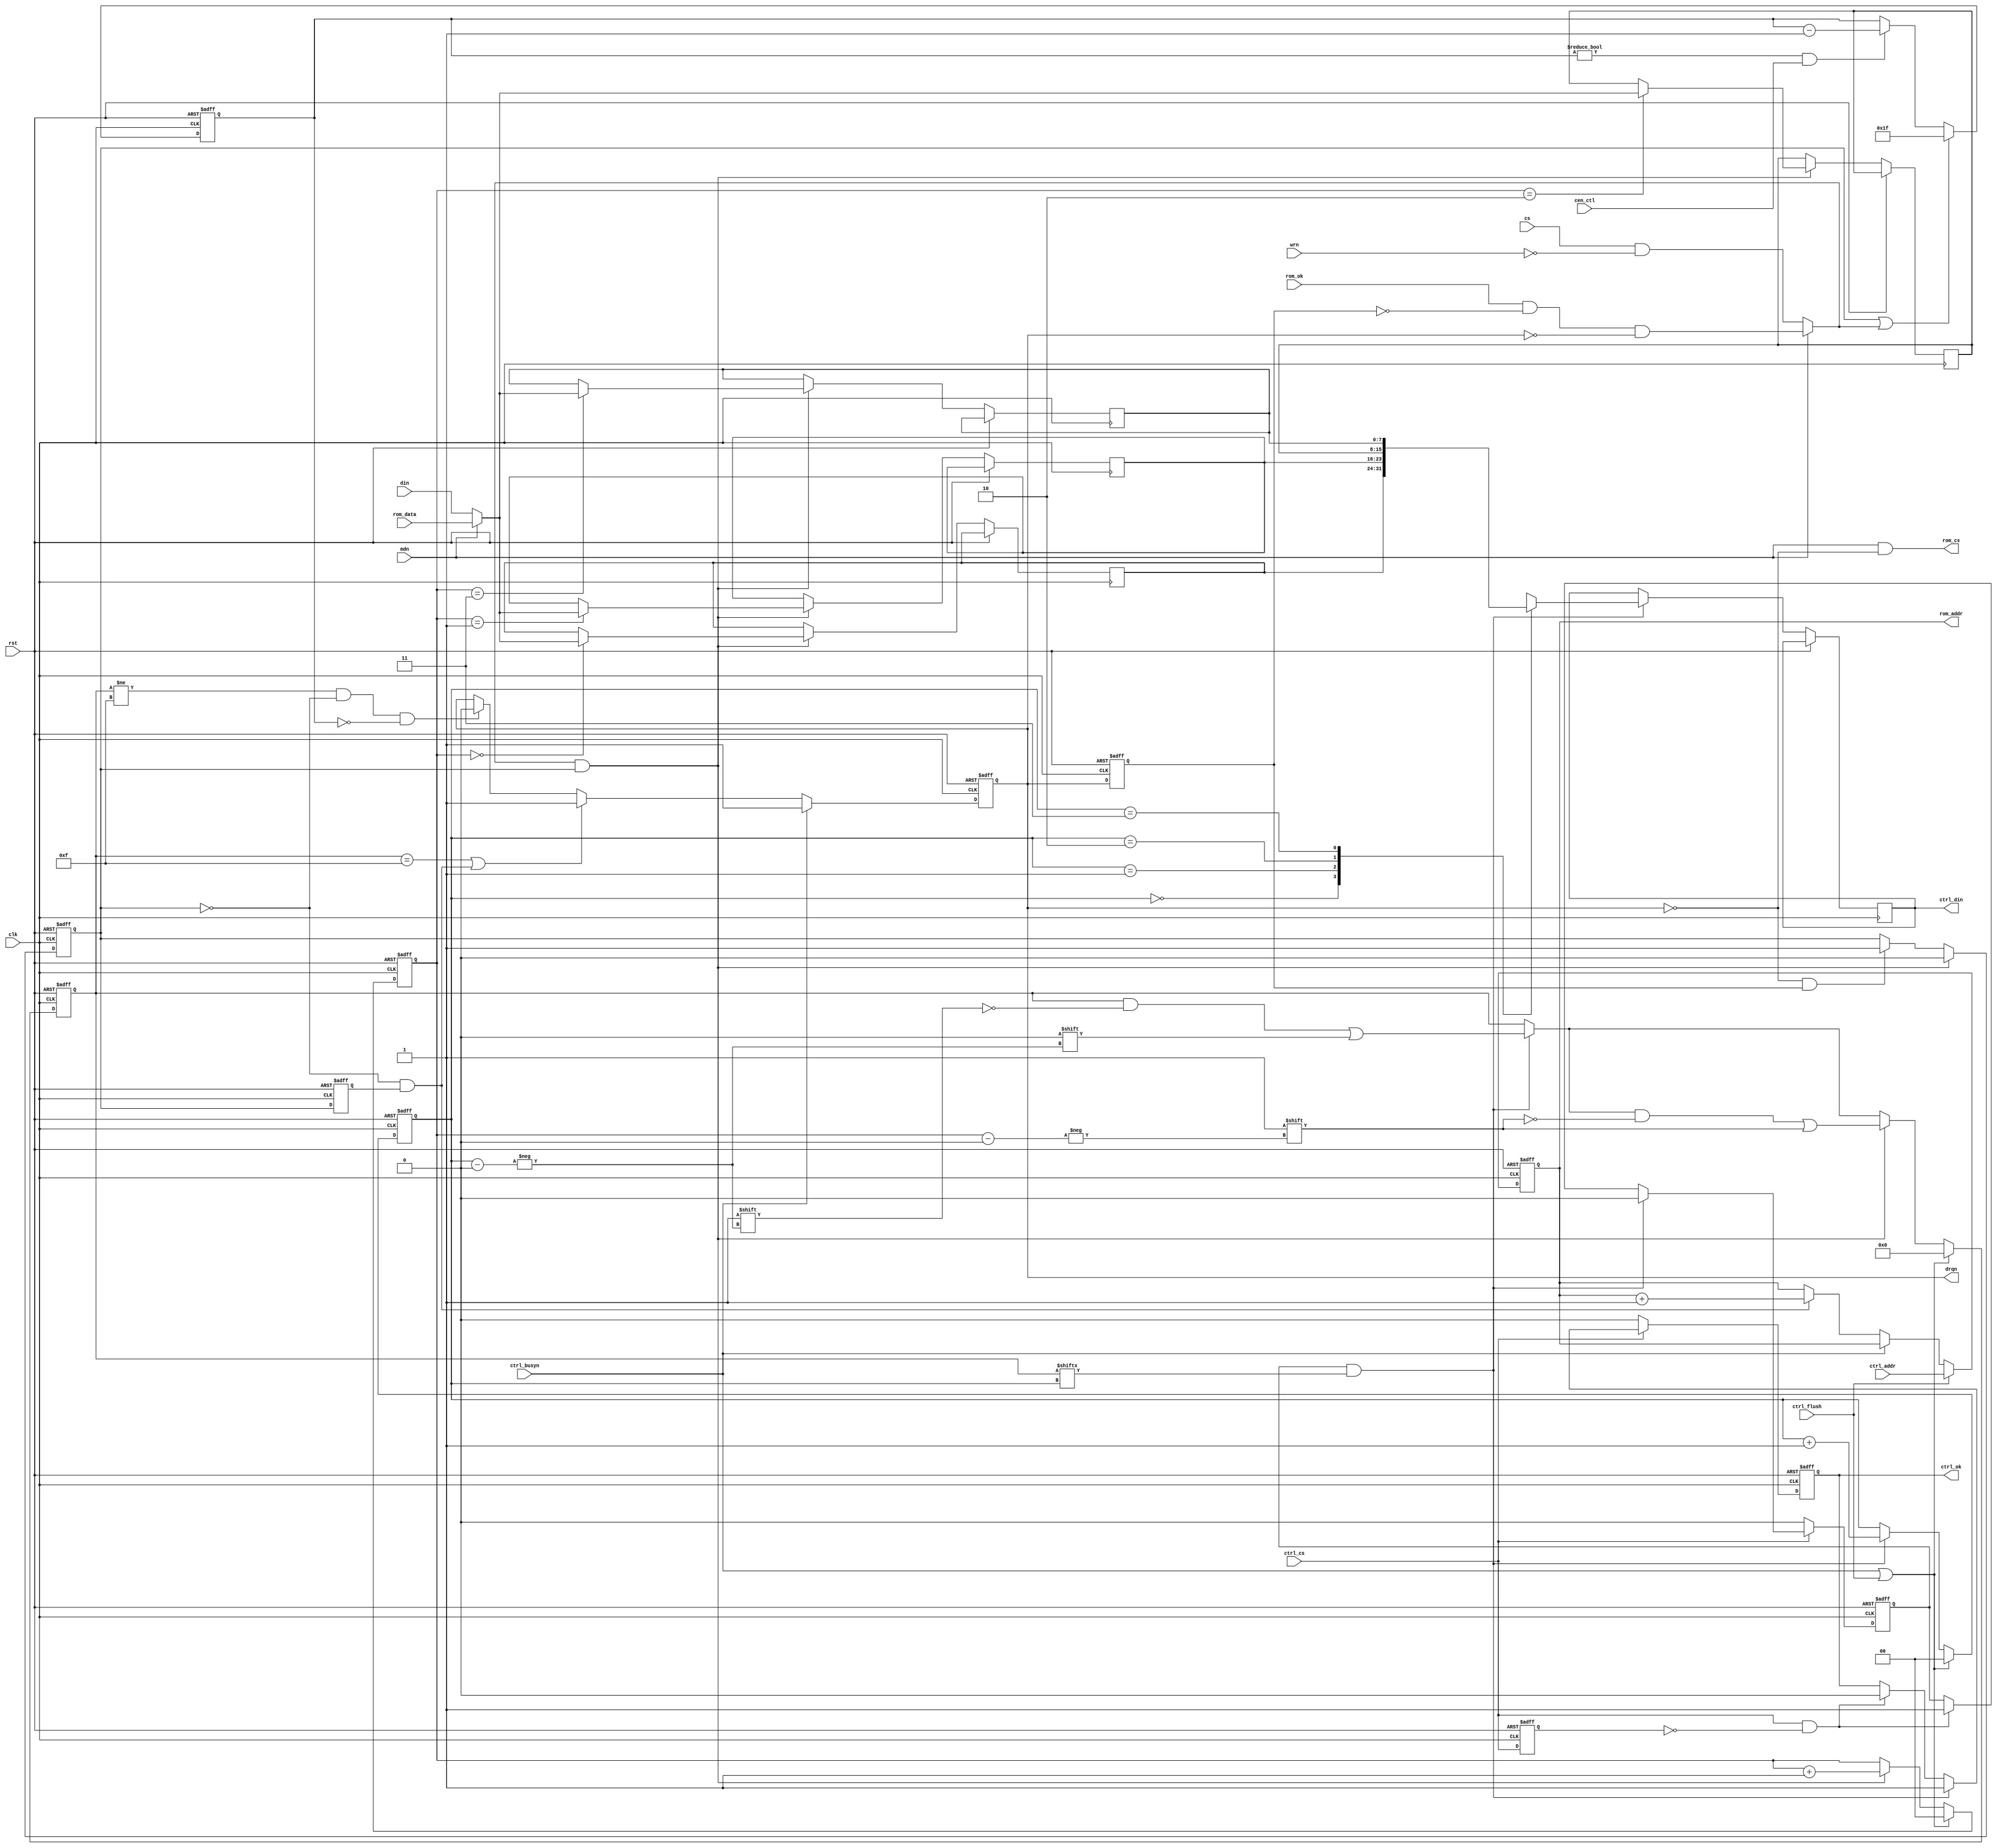
/*  This file is part of JT7759.
    JT7759 program is free software: you can redistribute it and/or modify
    it under the terms of the GNU General Public Licen_ctlse as published by
    the Free Software Foundation, either version 3 of the Licen_ctlse, or
    (at your option) any later version.

    JT7759 program is distributed in the hope that it will be useful,
    but WITHOUT ANY WARRANTY; without even the implied warranty of
    MERCHANTABILITY or FITNESS FOR A PARTICULAR PURPOSE.  See the
    GNU General Public Licen_ctlse for more details.

    You should have received a copy of the GNU General Public Licen_ctlse
    along with JT7759.  If not, see <http://www.gnu.org/licen_ctlses/>.

    Author: Jose Tejada Gomez. Twitter: @topapate
    Version: 1.0
    Date: 21-7-2021 */

module jt7759_data(
    input             rst,
    input             clk,
    input             cen_ctl,
    input             mdn,
    // Control interface
    input             ctrl_flush,
    input             ctrl_cs,
    input             ctrl_busyn,
    input      [16:0] ctrl_addr,
    output reg [ 7:0] ctrl_din,
    output reg        ctrl_ok,
    // ROM interface
    output            rom_cs,
    output reg [16:0] rom_addr,
    input      [ 7:0] rom_data,
    input             rom_ok,
    // Passive interface
    input             cs,
    input             wrn,  // for slave mode only
    input      [ 7:0] din,
    output reg        drqn
);

reg  [7:0] fifo[0:3];
reg  [3:0] fifo_ok;
reg        drqn_l, ctrl_cs_l;
reg  [1:0] rd_addr, wr_addr;
reg        readin, readout, readin_l;
reg  [4:0] drqn_cnt;

wire       good    = mdn ? rom_ok & ~drqn_l & ~drqn : (cs&~wrn);
wire [7:0] din_mux = mdn ? rom_data : din;

assign rom_cs  = mdn && !drqn;

always @(posedge clk, posedge rst) begin
    if( rst ) begin
        drqn_cnt <= 0;
    end else begin
        // Minimum time between DRQn pulses
        if( readin || good )
            drqn_cnt <= ~5'd0;
        else if( drqn_cnt!=0 && cen_ctl) drqn_cnt <= drqn_cnt-1'd1;
    end
end

always @(posedge clk, posedge rst) begin
    if( rst ) begin
        rom_addr <= 0;
        drqn     <= 1;
        readin_l <= 0;
    end else begin
        readin_l <= readin;

        if( !ctrl_busyn ) begin
            if(!readin && readin_l)
                rom_addr <= rom_addr + 1'd1;
            if(fifo_ok==4'hf || (!readin && readin_l) ) begin
                drqn <= 1;
            end else if(fifo_ok!=4'hf && !readin && drqn_cnt==0 ) begin
                drqn <= 0;
            end
        end else begin
            drqn <= 1;
        end

        if( ctrl_flush )
            rom_addr <= ctrl_addr;
    end
end

always @(posedge clk, posedge rst) begin
    if( rst ) begin
        rd_addr   <= 0;
        ctrl_cs_l <= 0;
        readin    <= 0;
        readout   <= 0;
        ctrl_ok   <= 0;
        fifo_ok   <= 0;
        wr_addr   <= 0;
        drqn_l    <= 1;
    end else begin
        ctrl_cs_l <= ctrl_cs;
        drqn_l <= drqn;

        // read out
        if( ctrl_cs && !ctrl_cs_l ) begin
            readout <= 1;
            ctrl_ok <= 0;
        end
        if( readout && fifo_ok[rd_addr] ) begin
            ctrl_din <= fifo[ rd_addr ];
            ctrl_ok  <= 1;
            rd_addr  <= rd_addr + 1'd1;
            fifo_ok[ rd_addr ] <= 0;
            readout  <= 0;
        end
        if( !ctrl_cs ) begin
            readout <= 0;
            ctrl_ok <= 0;
        end

        // read in
        if( !drqn && drqn_l ) begin
            readin <= 1;
        end
        if( good && readin ) begin
            fifo[ wr_addr ] <= din_mux;
            fifo_ok[ wr_addr ] <= 1;
            wr_addr <= wr_addr + 1'd1;
            readin  <= 0;
            `ifdef JT7759_FIFO_DUMP
            $display("\tjt7759: read %X",din_mux);
            `endif
        end

        if( ctrl_busyn || ctrl_flush ) begin
            fifo_ok <= 0;
            rd_addr <= 0;
            wr_addr <= 0;
        end
    end
end

endmodule